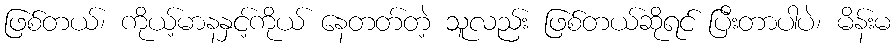
ဖြစ်တယ်၊ ကိုယ့်မာနနှင့်ကိုယ် နေတတ်တဲ့ သူလည်း ဖြစ်တယ်ဆိုရင် ပြီးတာပါပဲ၊ မိန်းမ